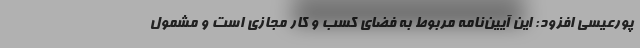
پورعیسی افزود: این آیین‌نامه مربوط به فضای کسب و کار مجازی است و مشمول